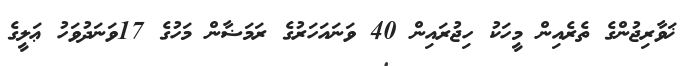
ޚަވާރިޖުންގެ ތެރެއިން މީހަކު ހިޖުރައިން 40 ވަނައަހަރުގެ ރަމަޟާން މަހުގެ 17ވަނަދުވަހު ޢަލީގެ